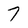
Character: 7